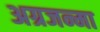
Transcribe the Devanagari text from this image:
अग्रजन्मा